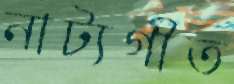
নাট্যগীত